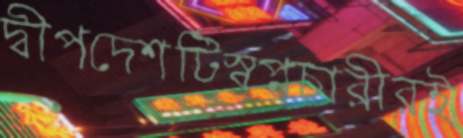
দ্বীপদেশটিস্বপ্নচারীরই